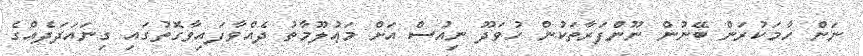
ނަން ހާމަކުރަން ބޭނުން ނޫންފަރާތަކުން ހުވަދޫ ނިއުސް އަށް މަޢުލޫމާތު ދެއްވާފައިވާގޮތުގައި ގިނައަދަދެއްގެ